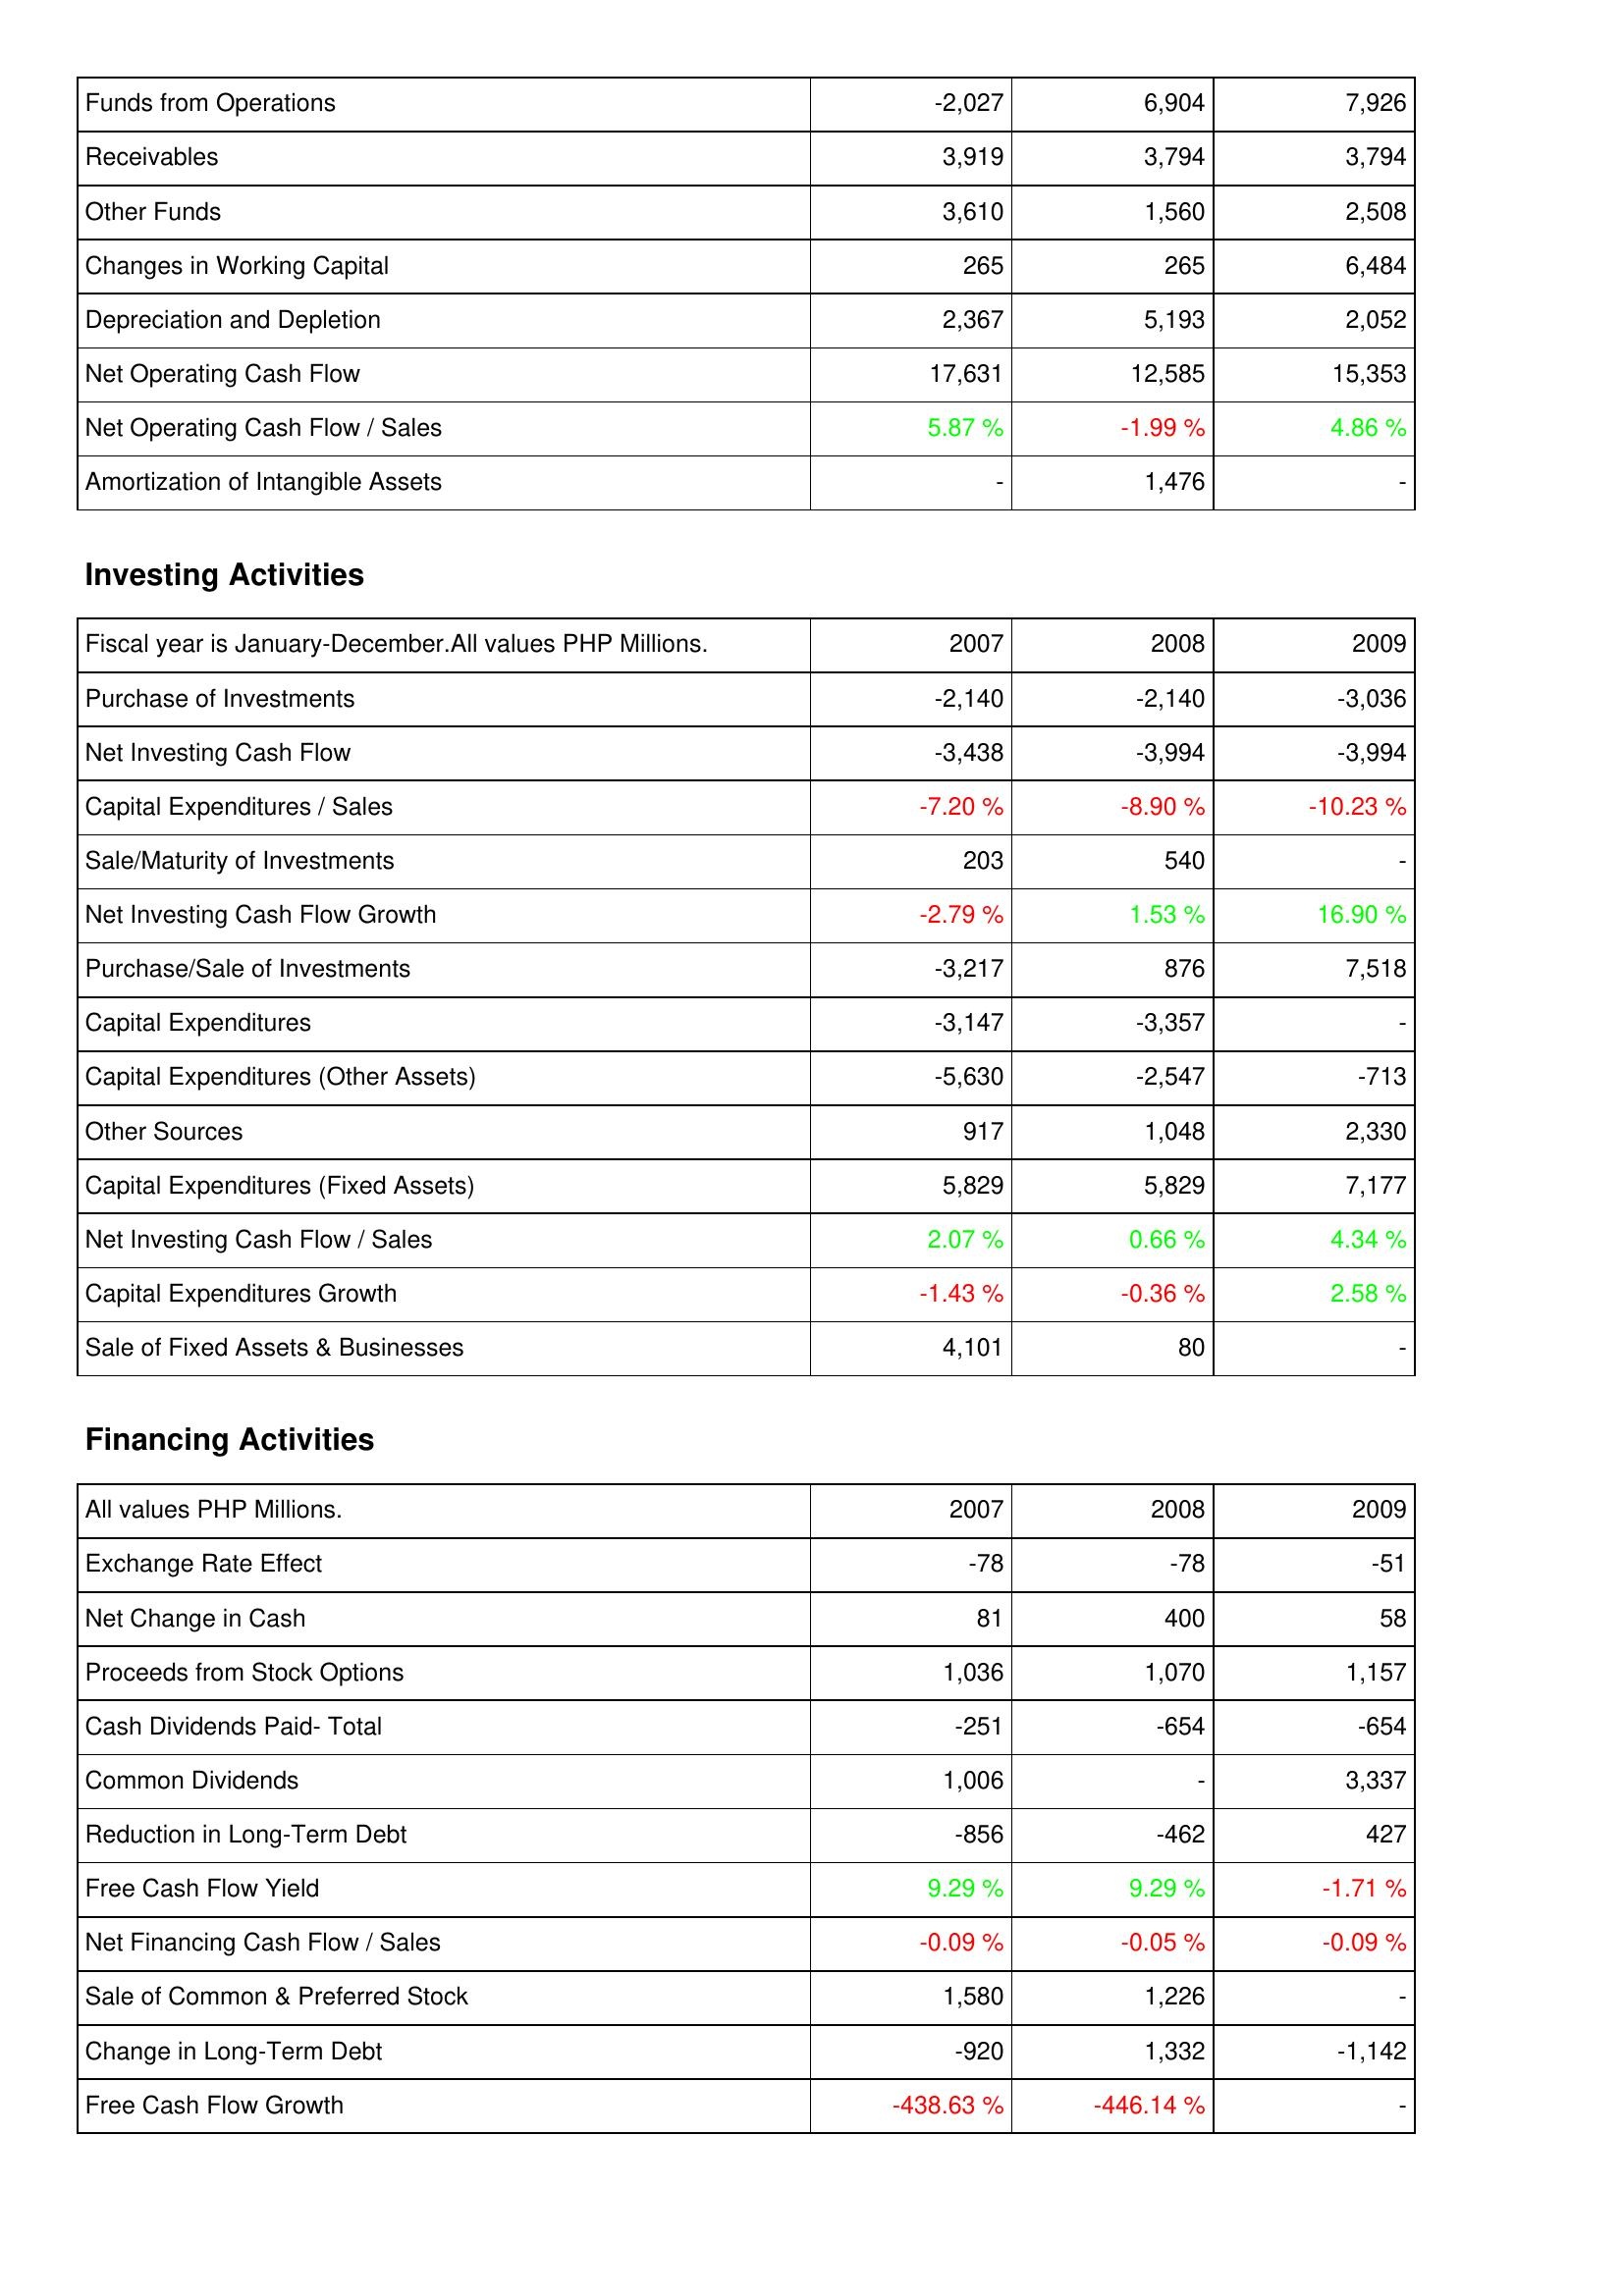
2007: Operating Activities: Funds from Operations: -2,027
Receivables: 3,919
Other Funds: 3,610
Changes in Working Capital: 265
Depreciation and Depletion: 2,367
Net Operating Cash Flow: 17,631
Net Operating Cash Flow / Sales: 5.87 %
Amortization of Intangible Assets: -
Investing Activities: Purchase of Investments: -2,140
Net Investing Cash Flow: -3,438
Capital Expenditures / Sales: -7.20 %
Sale/Maturity of Investments: 203
Net Investing Cash Flow Growth: -2.79 %
Purchase/Sale of Investments: -3,217
Capital Expenditures: -3,147
Capital Expenditures (Other Assets): -5,630
Other Sources: 917
Capital Expenditures (Fixed Assets): 5,829
Net Investing Cash Flow / Sales: 2.07 %
Capital Expenditures Growth: -1.43 %
Sale of Fixed Assets & Businesses: 4,101
Financing Activities: Exchange Rate Effect: -78
Net Change in Cash: 81
Proceeds from Stock Options: 1,036
Cash Dividends Paid- Total: -251
Common Dividends: 1,006
Reduction in Long-Term Debt: -856
Free Cash Flow Yield: 9.29 %
Net Financing Cash Flow / Sales: -0.09 %
Sale of Common & Preferred Stock: 1,580
Change in Long-Term Debt: -920
Free Cash Flow Growth: -438.63 %
2008: Operating Activities: Funds from Operations: 6,904
Receivables: 3,794
Other Funds: 1,560
Changes in Working Capital: 265
Depreciation and Depletion: 5,193
Net Operating Cash Flow: 12,585
Net Operating Cash Flow / Sales: -1.99 %
Amortization of Intangible Assets: 1,476
Investing Activities: Purchase of Investments: -2,140
Net Investing Cash Flow: -3,994
Capital Expenditures / Sales: -8.90 %
Sale/Maturity of Investments: 540
Net Investing Cash Flow Growth: 1.53 %
Purchase/Sale of Investments: 876
Capital Expenditures: -3,357
Capital Expenditures (Other Assets): -2,547
Other Sources: 1,048
Capital Expenditures (Fixed Assets): 5,829
Net Investing Cash Flow / Sales: 0.66 %
Capital Expenditures Growth: -0.36 %
Sale of Fixed Assets & Businesses: 80
Financing Activities: Exchange Rate Effect: -78
Net Change in Cash: 400
Proceeds from Stock Options: 1,070
Cash Dividends Paid- Total: -654
Common Dividends: -
Reduction in Long-Term Debt: -462
Free Cash Flow Yield: 9.29 %
Net Financing Cash Flow / Sales: -0.05 %
Sale of Common & Preferred Stock: 1,226
Change in Long-Term Debt: 1,332
Free Cash Flow Growth: -446.14 %
2009: Operating Activities: Funds from Operations: 7,926
Receivables: 3,794
Other Funds: 2,508
Changes in Working Capital: 6,484
Depreciation and Depletion: 2,052
Net Operating Cash Flow: 15,353
Net Operating Cash Flow / Sales: 4.86 %
Amortization of Intangible Assets: -
Investing Activities: Purchase of Investments: -3,036
Net Investing Cash Flow: -3,994
Capital Expenditures / Sales: -10.23 %
Sale/Maturity of Investments: -
Net Investing Cash Flow Growth: 16.90 %
Purchase/Sale of Investments: 7,518
Capital Expenditures: -
Capital Expenditures (Other Assets): -713
Other Sources: 2,330
Capital Expenditures (Fixed Assets): 7,177
Net Investing Cash Flow / Sales: 4.34 %
Capital Expenditures Growth: 2.58 %
Sale of Fixed Assets & Businesses: -
Financing Activities: Exchange Rate Effect: -51
Net Change in Cash: 58
Proceeds from Stock Options: 1,157
Cash Dividends Paid- Total: -654
Common Dividends: 3,337
Reduction in Long-Term Debt: 427
Free Cash Flow Yield: -1.71 %
Net Financing Cash Flow / Sales: -0.09 %
Sale of Common & Preferred Stock: -
Change in Long-Term Debt: -1,142
Free Cash Flow Growth: -